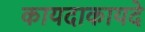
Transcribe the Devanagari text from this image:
कायदाकायदे